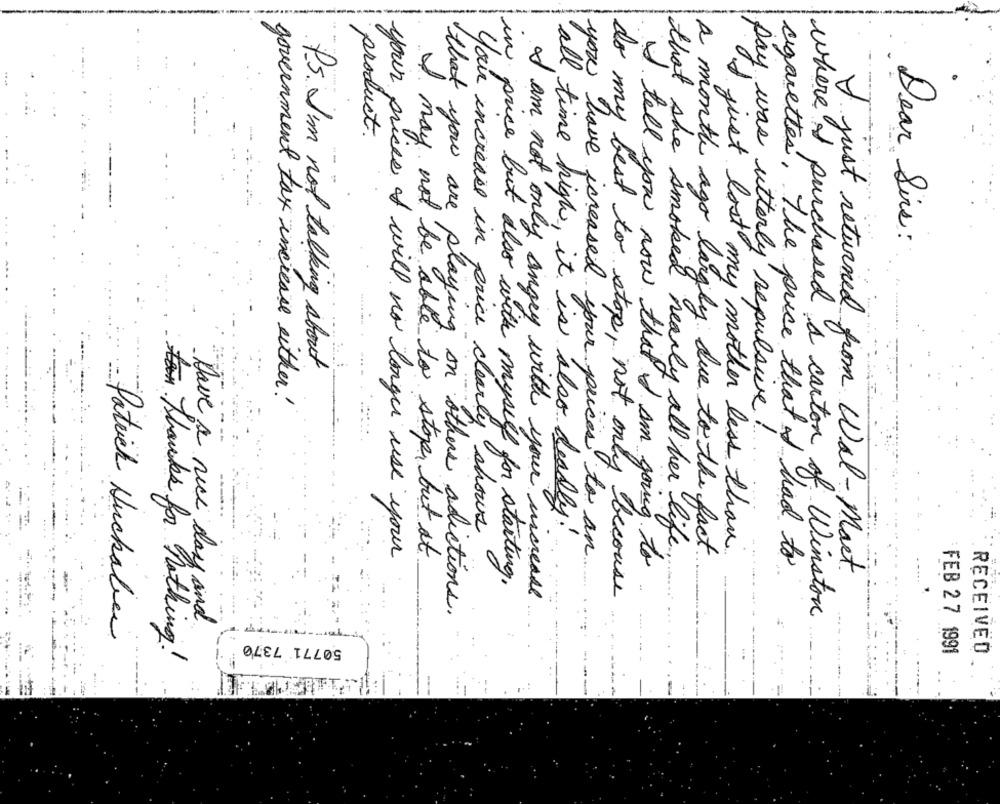
product.
Dear Sirs:
P.s. I'm not talking about
government tax increase either!
pay was utterly repulsive!
you increase in price clearly shows
all time high, it is also deadly.
I just lost my mother less than
your prices I will no longer use your
I may not be able to stop, but at
you have increased your prices to an
that she smoked nearly all her life.
a month ago largely due to the fact
-
I tell you now that I am going to
cigarettes, The price that I had to
I just returned from Wal - Mart
in price but also with myself for starting.
I am not only angry with your increase
do my best to stop, not only because
that you are playing on others adictions.
where I purchased a carton of Winston
Have a nice day and
Patrick Huckabee
50771 7370
FEB 27 1991
RECEIVED
For thanks for nothing!